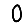
Digit: 0